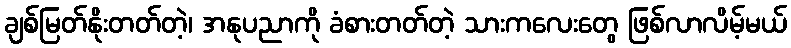
ချစ်မြတ်နိုးတတ်တဲ့၊ အနုပညာကို ခံစားတတ်တဲ့ သားကလေးတွေ ဖြစ်လာလိမ့်မယ်